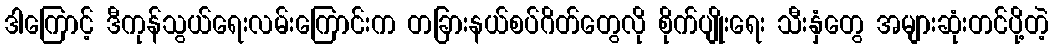
ဒါကြောင့် ဒီကုန်သွယ်ရေးလမ်းကြောင်းက တခြားနယ်စပ်ဂိတ်တွေလို စိုက်ပျိုးရေး သီးနှံတွေ အများဆုံးတင်ပို့တဲ့